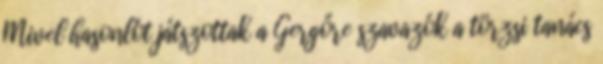
Mivel hasonlót játszottak a Gergőre szavazók a törzsi tanács